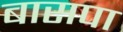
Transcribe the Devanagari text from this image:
बासपा